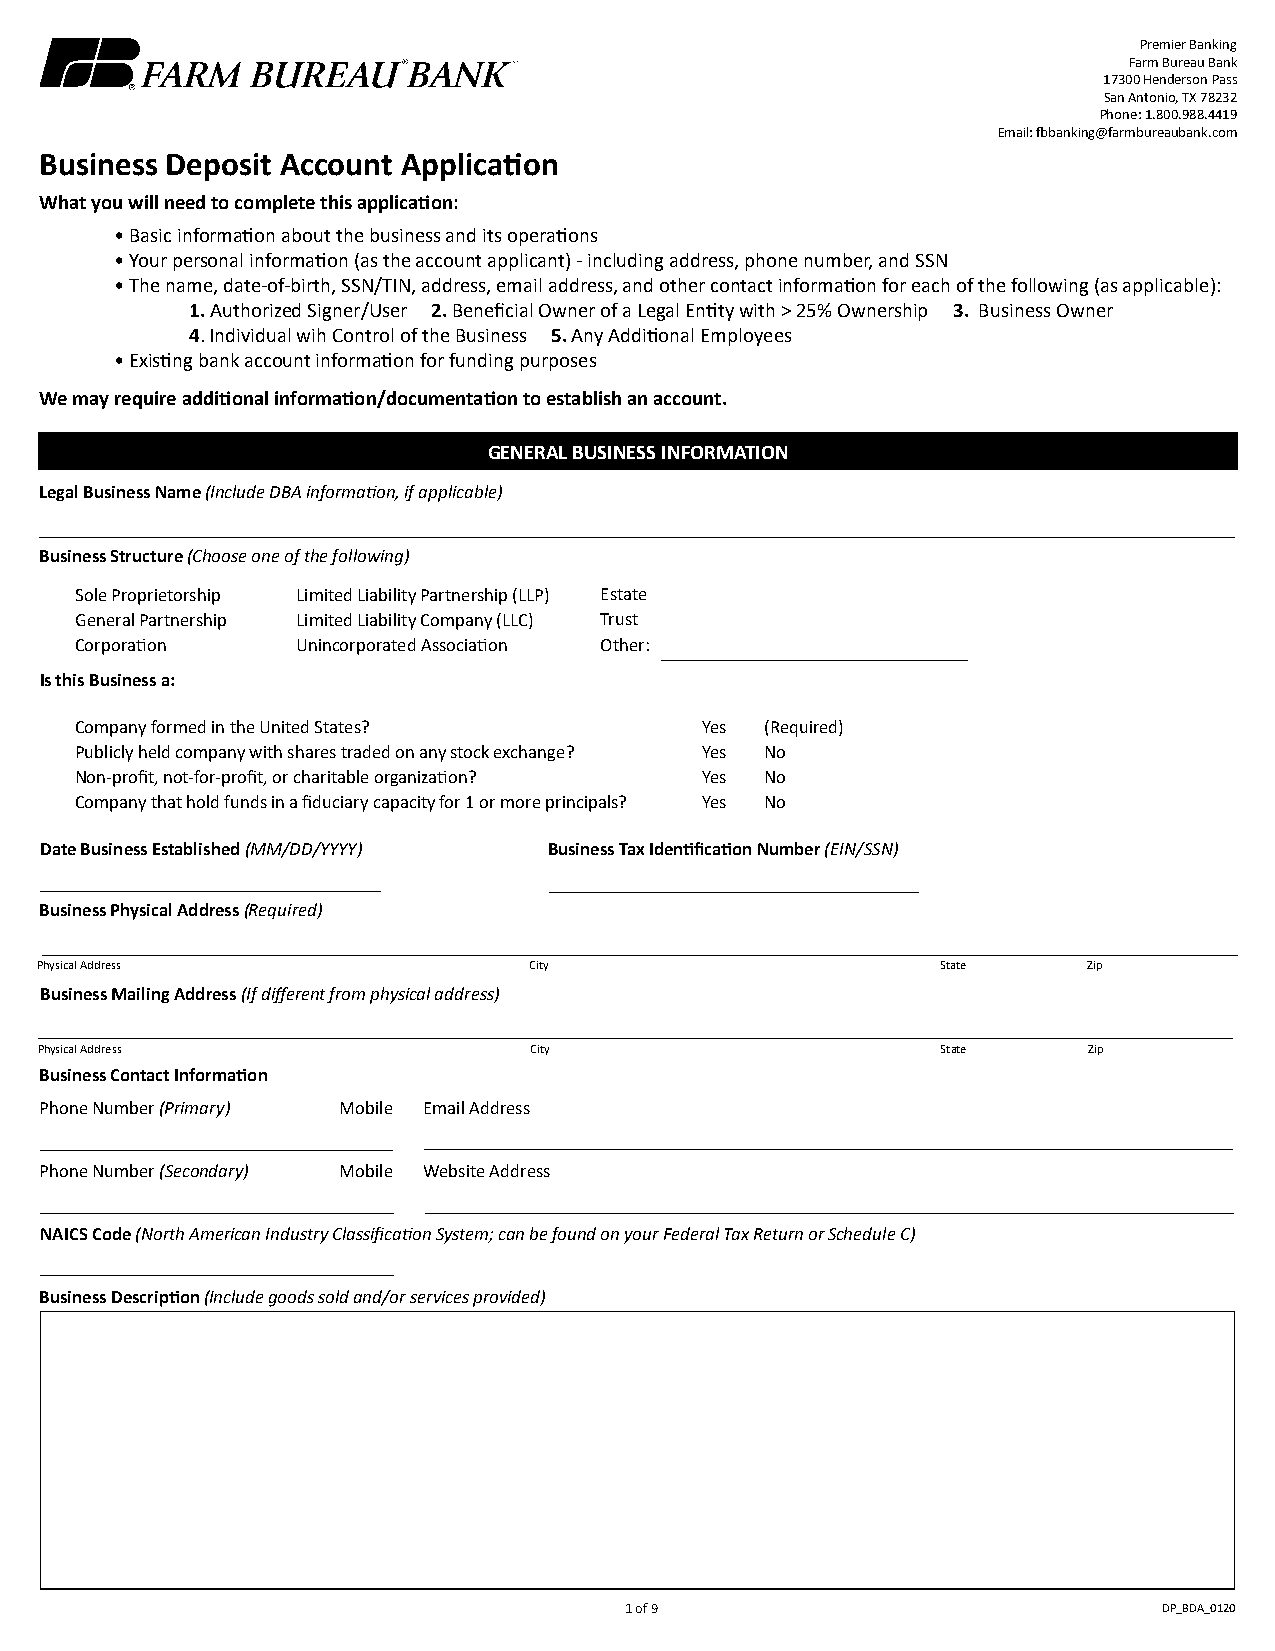
Premier Banking
 Farm Bureau Bank
 17300 Henderson Pass
 San Antonio, TX 78232
 Phone: 1.800.988.4419
 Email: fbbanking@farmbureaubank.com
 Business Deposit Account Application
 What you will need to complete this application:
 •Basic information about the business and its operations
 •Your personal information (as the account applicant) - including address, phone number, and SSN
 •The name, date-of-birth, SSN/TIN, address, email address, and other contact information for each of the following (as applicable):
 1.Authorized Signer/User 2. Beneficial Owner of a Legal Entity with > 25% Ownership 3. Business Owner
 4.Individual wih Control of the Business 5. Any Additional Employees
 •Existing bank account information for funding purposes
 We may require additional information/documentation to establish an account.
 GENERAL BUSINESS INFORMATION
 Legal Business Name (Include DBA information, if applicable)
 Business Structure (Choose one of the following)
 Sole Proprietorship Limited Liability Partnership (LLP) Estate
 General Partnership Limited Liability Company (LLC) Trust
 Corporation    Unincorporated Association Other:
 Is this Business a:
 Company formed in the United States?     Yes  (Required)
 Publicly held company with shares traded on any stock exchange? Yes No
 Non-profit, not-for-profit, or charitable organization? Yes No
 Company that hold funds in a fiduciary capacity for 1 or more principals? Yes No
 Date Business Established (MM/DD/YYYY) Business Tax Identification Number (EIN/SSN)
 Business Physical Address (Required)
 Physical Address                 City                       State     Zip
 Business Mailing Address (If different from physical address)
 Physical Address                City                       State     Zip
 Business Contact Information
 Phone Number (Primary) Mobile Email Address
 Phone Number (Secondary) Mobile Website Address
 NAICS Code (North American Industry Classification System; can be found on your Federal Tax Return or Schedule C)
 Business Description (Include goods sold and/or services provided)
 1 of 9                              DP_BDA_0120